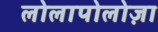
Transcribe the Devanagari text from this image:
लोलापोलोज़ा